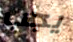
يجب